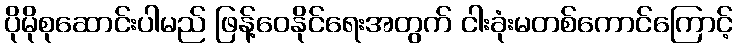
ပိုမိုစုဆောင်းပါမည် ဖြန့်ဝေနိုင်ရေးအတွက် ငါးခုံးမတစ်ကောင်ကြောင့်